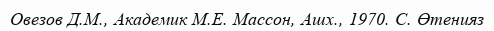
Овезов Д.М., Академик М.Е. Массон, Ашх., 1970. С. Өтенияз